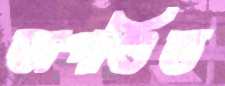
অপণ্ডিত